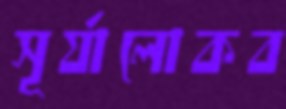
সূর্যালোকব